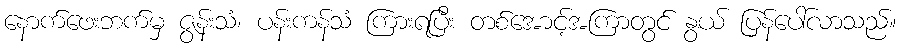
နောက်ဖေးဘက်မှ ဇွန်းသံ၊ ပန်းကန်သံ ကြားရပြီး တစ်အောင့်အကြာတွင် နွယ် ပြန်ပေါ်လာသည်။